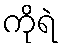
ကိုရဲ